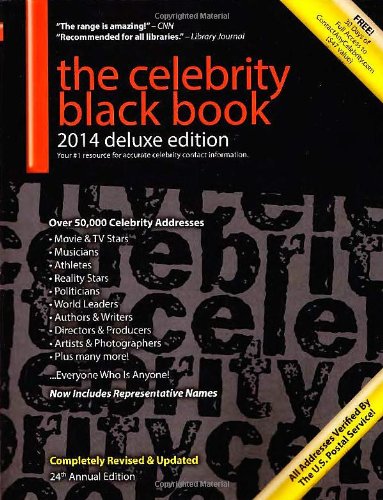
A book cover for The Celebrity Black Book 2014: Over 50,000 Celebrity Addresses; Crafts, Hobbies & Home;